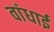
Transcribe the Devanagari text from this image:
वांधाई